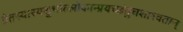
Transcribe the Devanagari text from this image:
प्रेतस्यास्यशुभांल्लोकान्प्रयच्छंतुचशाश्वतान्